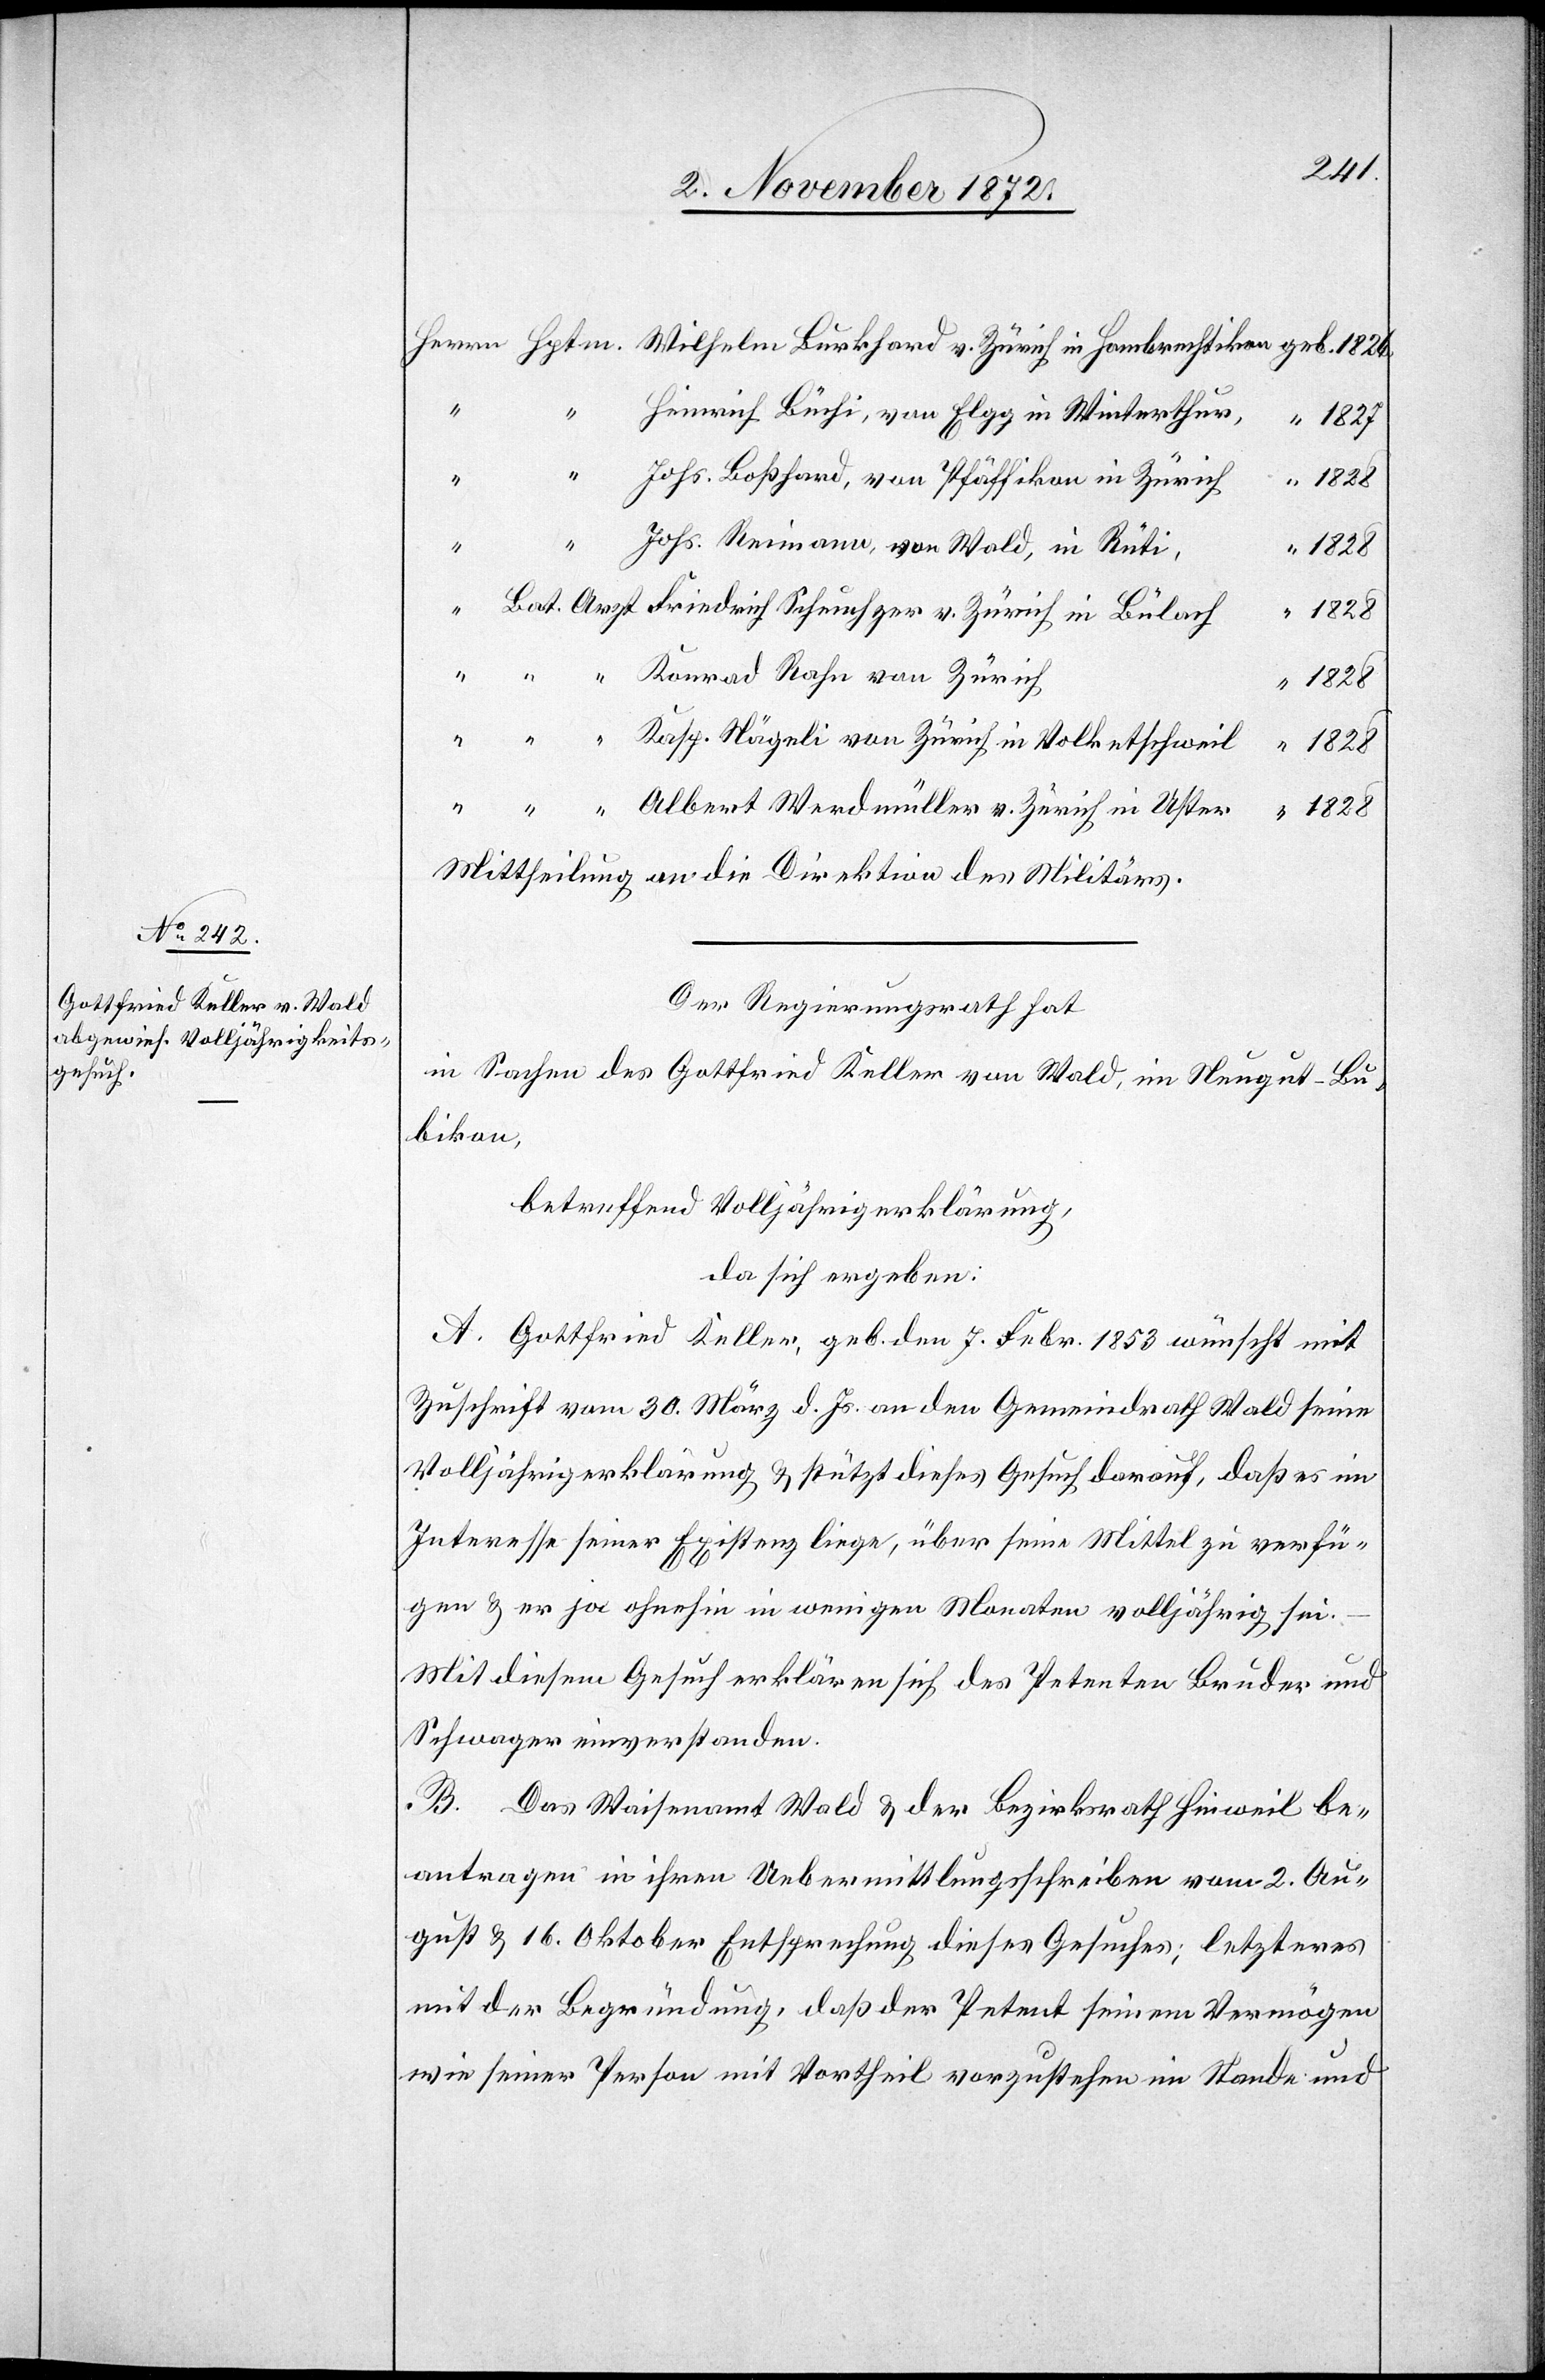
bert
“
Heinrich Büchi, von Elgg in Winterthur,
1827
Johs. Boßhard, von Pfäffikon in Zürich
v.
1828
Johs. Reimann von Wald, in Rüti,
Mittheilung an die Direktion des Militärs.
Der Regierungsrath hat
in Sachen des Gottfried Keller von Wald, im Neugut-Bu¬
bikon,
betreffend Volljährigerklärung,
da sich ergeben:
A. Gottfried Keller, geb. den 7. Febr. 1853 wünscht mit
Zuschrift vom 30. März d. Js. an den Gemeindrath Wald seine
Volljährigerklärung u. stützt dieses Gesuch darauf, daß es im
Interesse seiner Existenz liege, über seine Mittel zu verfü¬
gen u. er ja ohnehin in wenigen Monaten volljährig sei.
Mit diesem Gesuch erklären sich des Petenten Bruder und
Schwager einverstanden.
B. Das Waisenamt Wald u. der Bezirksrath Hinweil be¬
antragen in ihren Uebermittlungsschreiben vom 2. Au¬
gust u. 16. Oktober Entsprechung dieses Gesuches; letzteres
mit der Begründung, daß der Petent seinem Vermögen
wie seiner Person mit Vortheil vorzustehen im Stande und